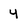
Character: 4